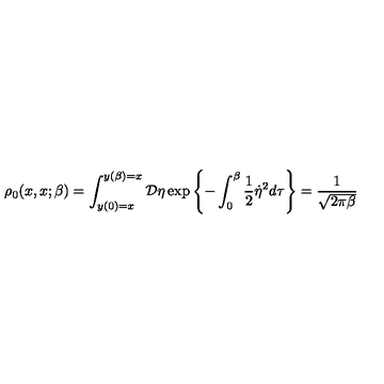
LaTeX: \rho _ { 0 } ( x , x ; \beta ) = \int _ { y ( 0 ) = x } ^ { y ( \beta ) = x } { \cal D } \eta \exp \left\{ - \int _ { 0 } ^ { \beta } \frac { 1 } { 2 } \dot { \eta } ^ { 2 } d \tau \right\} = \frac { 1 } { \sqrt { 2 \pi \beta } }